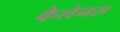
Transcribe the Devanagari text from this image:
कैलेनस